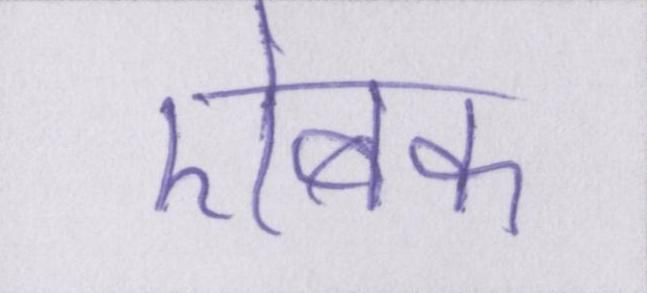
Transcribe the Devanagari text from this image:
ऐबक